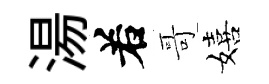
湯𠰥哥嬉